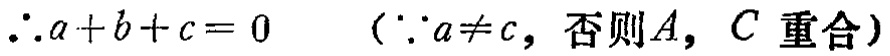
\(\therefore a + b + c = 0\ \ \ (\because a\neq c,\ 否则A,\ C重合)\)